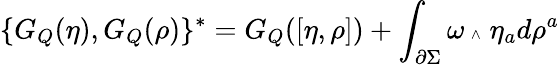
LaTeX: \{ G_{Q}(\eta),G_{Q}(\rho)\} ^{*}=G_{Q}([\eta,\rho])+\int_{\partial\Sigma}\omega\mathrm{\tiny~\wedge\, ~}\eta_{a}d\rho^{a}